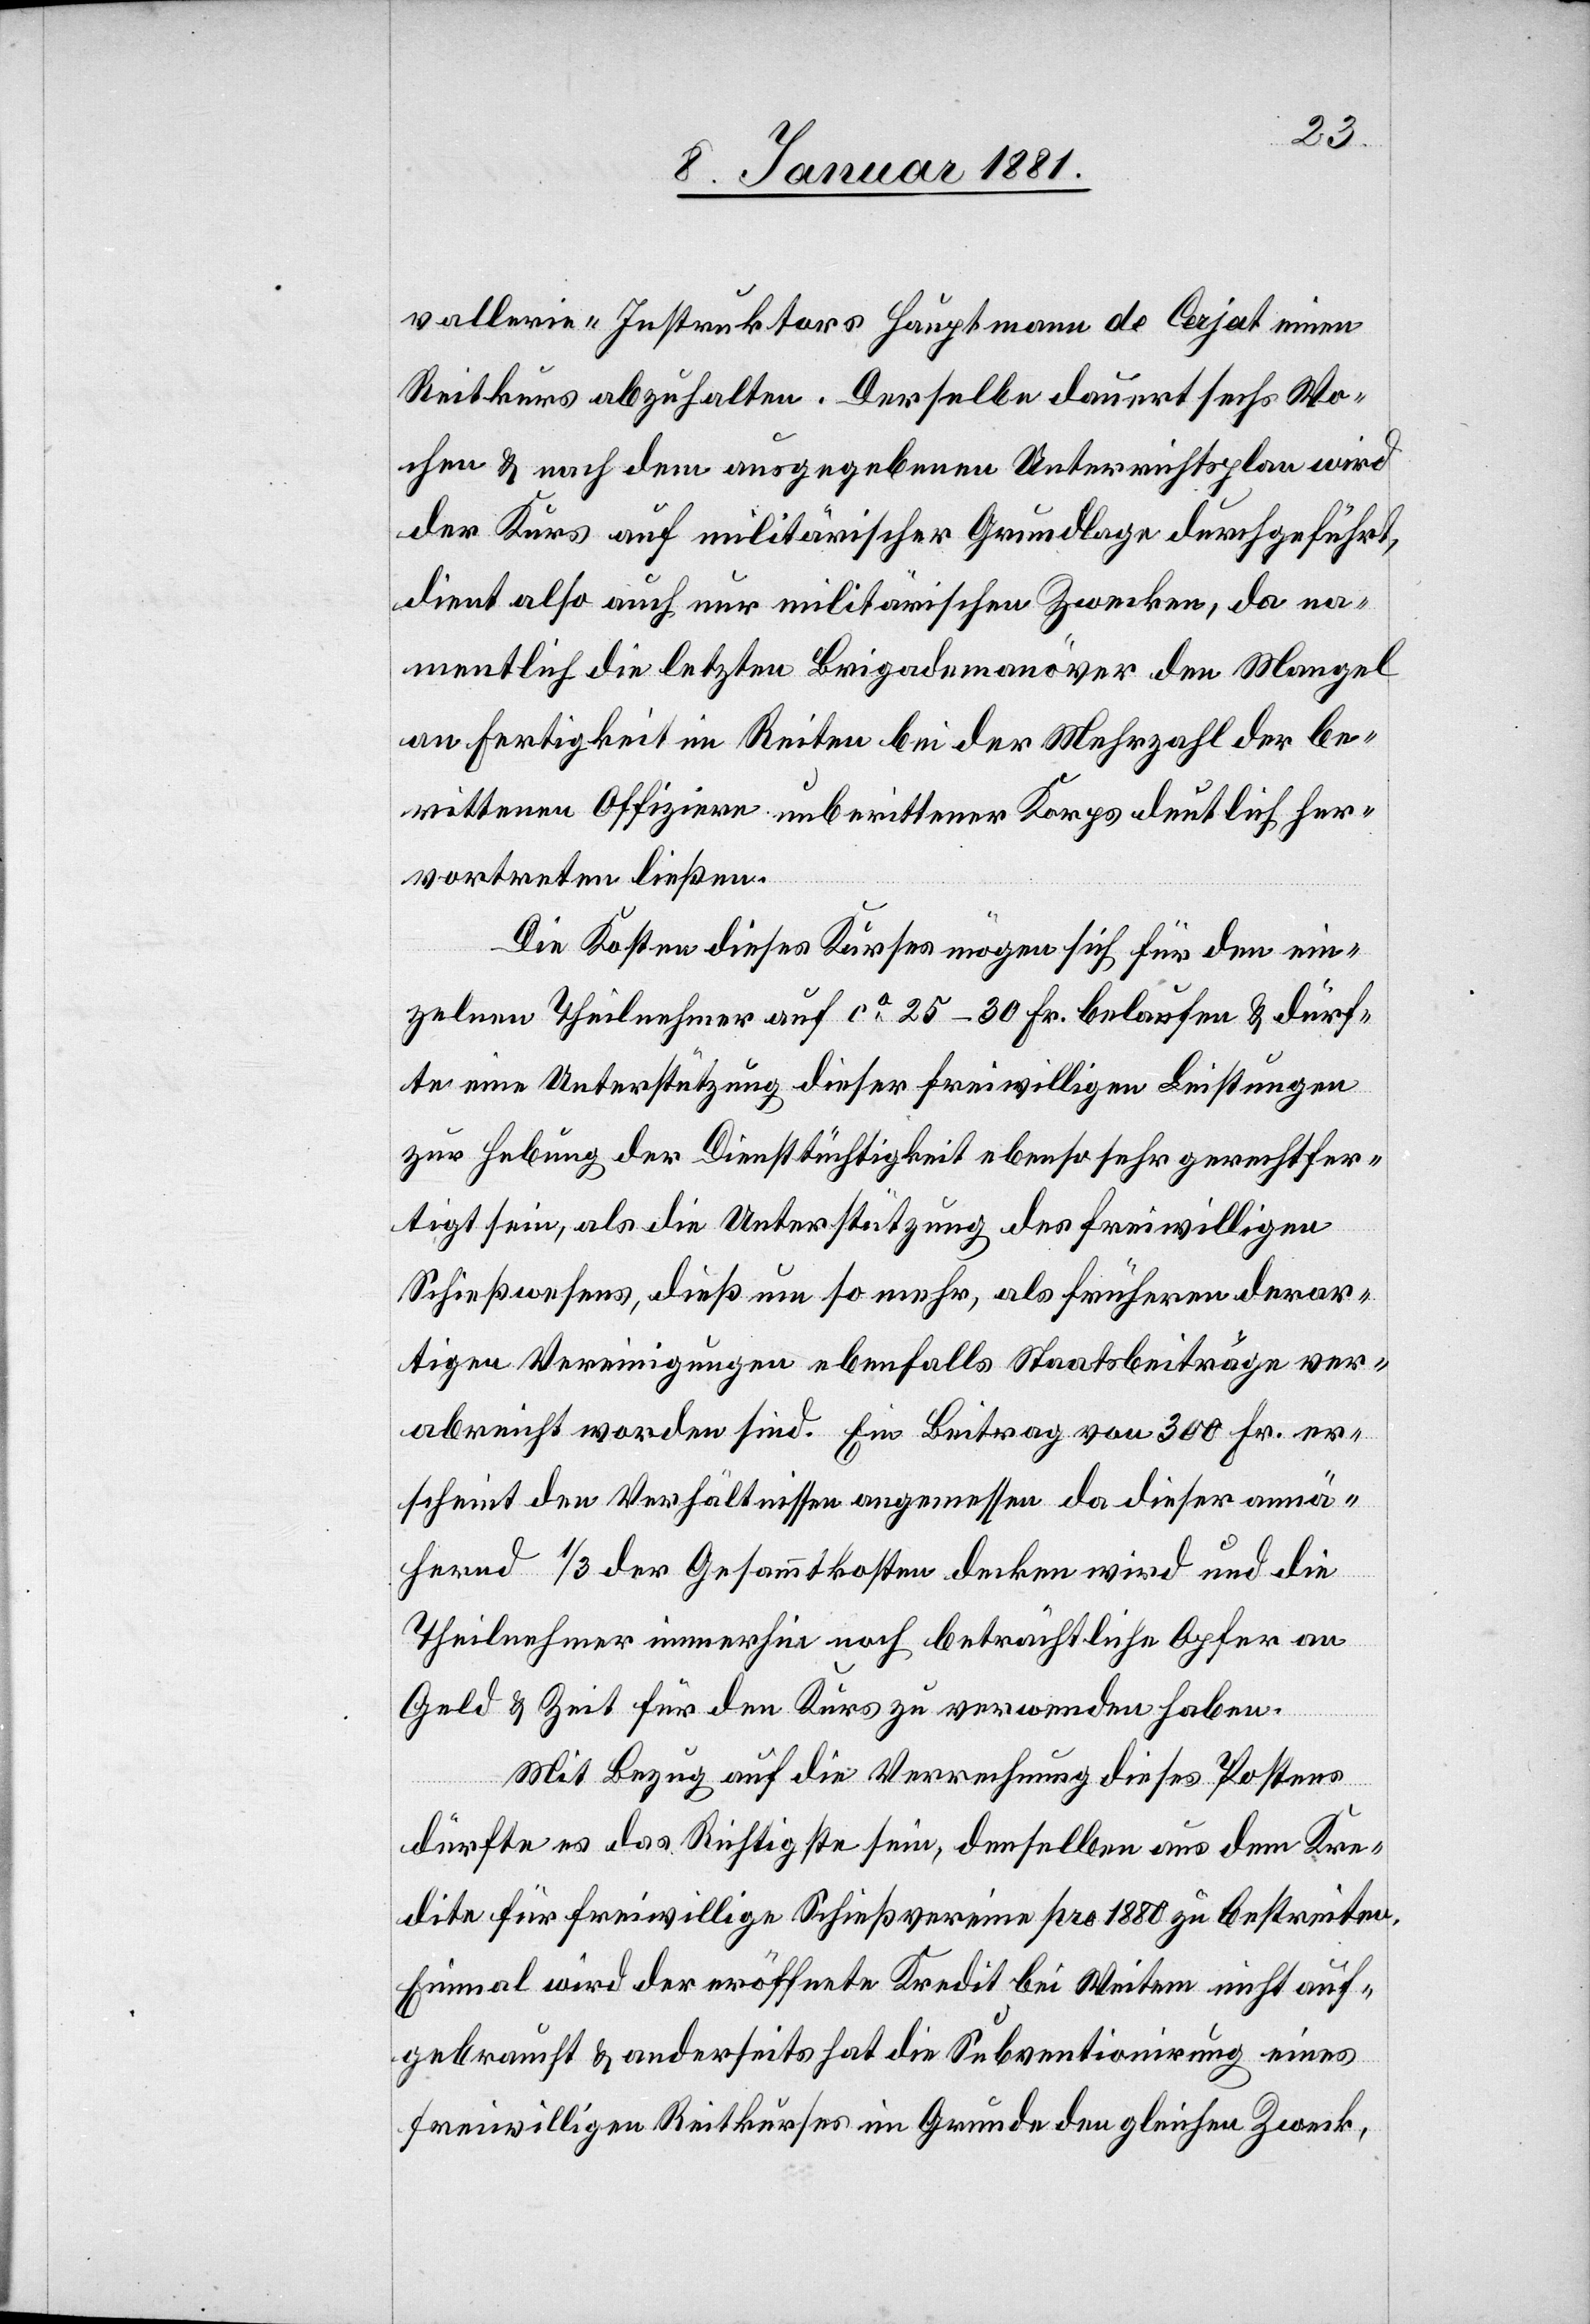
vallerie-Instruktors Hauptmann de Cerjat einen
Reitkurs abzuhalten. Derselbe dauert sechs Wo¬
chen & nach dem ausgegebenen Unterrichtsplan wird
der Kurs auf militärischer Grundlage durchgeführt,
dient also auch nur militärischen Zwecken, da na¬
mentlich die letzten Brigademanöver den Mangel
an Fertigkeit im Reiten bei der Mehrzahl der be¬
rittenen Offiziere unberittener Korps deutlich her¬
vortreten ließen.
Die Kosten dieses Kurses mögen sich für den ein¬
zelnen Theilnehmer auf ca 25–30 Fr. belaufen & dürf¬
te eine Unterstützung dieser freiwilligen Leistungen
zur Hebung der Diensttüchtigkeit ebenso sehr gerechtfer¬
tigt sein, als die Unterstützung des freiwilligen
Schießwesens, dieß um so mehr, als früheren derar¬
tigen Vereinigungen ebenfalls Staatsbeiträge ver¬
abreicht worden sind. Ein Beitrag von 300 Fr. er¬
scheint den Verhältnissen angemessen da dieser annä¬
hernd 1/3 der Gesammtkosten decken wird und die
Theilnehmer immerhin noch beträchtliche Opfer an
Geld & Zeit für den Kurs zu verwenden haben.
Mit Bezug auf die Verrechnung dieses Postens
dürfte es das Richtigste sein, denselben aus dem Kre¬
dite für freiwillige Schießvereine pro 1880 zu bestreiten.
Einmal wird der eröffnete Kredit bei Weitem nicht auf¬
gebraucht & anderseits hat die Subventionirung eines
freiwilligen Reitkurses im Grunde den gleichen Zweck,